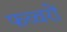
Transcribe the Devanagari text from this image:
फव्‍वरों